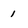
Character: 1